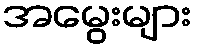
အမွေးများ